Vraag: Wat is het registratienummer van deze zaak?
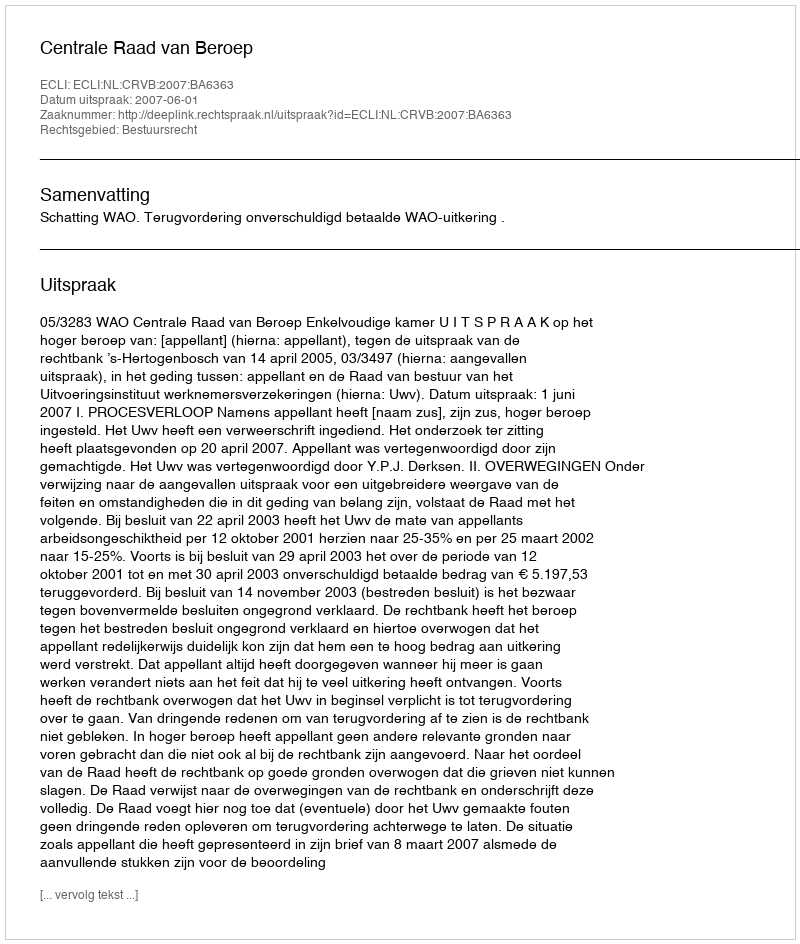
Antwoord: http://deeplink.rechtspraak.nl/uitspraak?id=ECLI:NL:CRVB:2007:BA6363